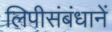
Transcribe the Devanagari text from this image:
लिपीसंबंधानें